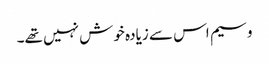
وسیم اس سے زیادہ خوش نہیں تھے۔